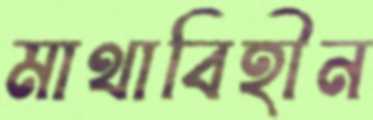
মাথাবিহীন